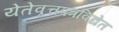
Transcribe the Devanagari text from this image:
येतेवृत्तपत्रविद्येत